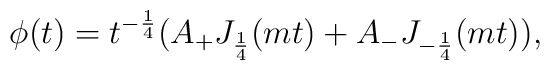
\phi(t)=t^{-\frac{1}{4}}(A_+ J_{\frac{1}{4}}(mt) +A_- J_{-\frac{1}{4}}(mt)),